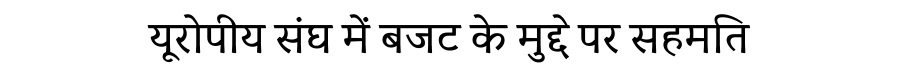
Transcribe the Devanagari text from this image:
यूरोपीय संघ में बजट के मुद्दे पर सहमति